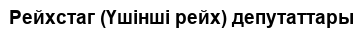
Рейхстаг (Үшінші рейх) депутаттары